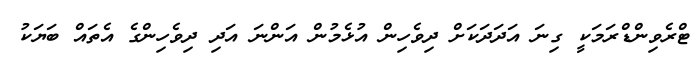
ޓްރެވިންޑްރަމަކީ ގިނަ އަދަދަކަށް ދިވެހިން އުޅެމުން އަންނަ އަދި ދިވެހިންގެ އެތައް ބަޔަކު